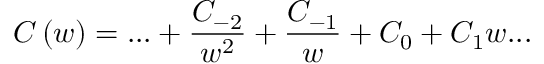
C \left( w \right) = . . . + \frac { C _ { - 2 } } { w ^ { 2 } } + \frac { C _ { - 1 } } { w } + C _ { 0 } + C _ { 1 } w . . .